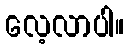
လေ့လာပါ။